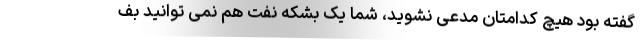
گفته بود هیچ کدامتان مدعی نشوید، شما یک بشکه نفت هم نمی توانید بف